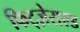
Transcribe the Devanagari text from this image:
फिट्ज़ेराल्ड